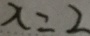
x = 2